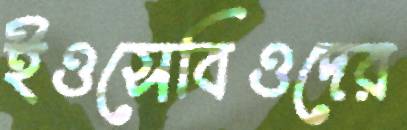
ইওসেবিওদের